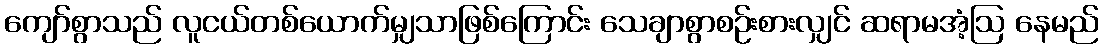
ကျော်စွာသည် လူငယ်တစ်ယောက်မျှသာဖြစ်ကြောင်း သေချာစွာစဉ်းစားလျှင် ဆရာမအံ့ဩ နေမည်